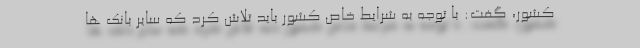
کشور، گفت: با توجه به شرایط خاص کشور باید تلاش کرد که سایر بانک ها